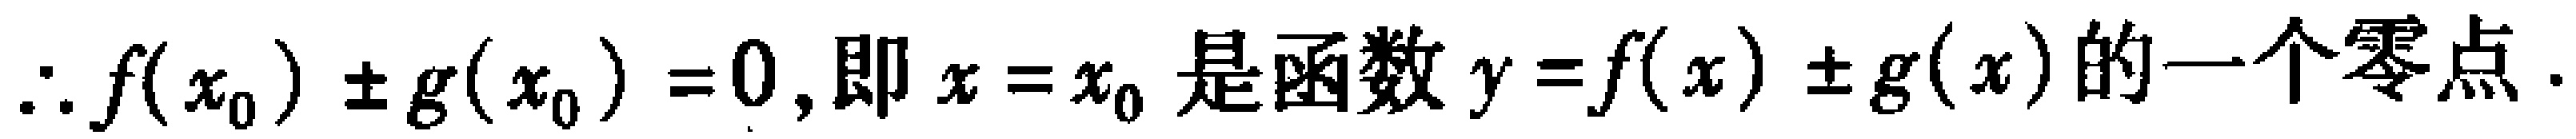
\(\therefore f(x_{0})\pm g(x_{0}) = 0,\text{即}x = x_{0}\text{是函数}y = f(x)\pm g(x)\text{的一个零点}.\)